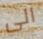
الى